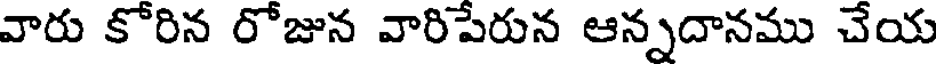
వారు కోరిన రోజున వారిపేరున ఆన్నదానము చేయ